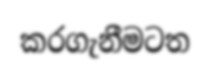
කරගැනීමටත